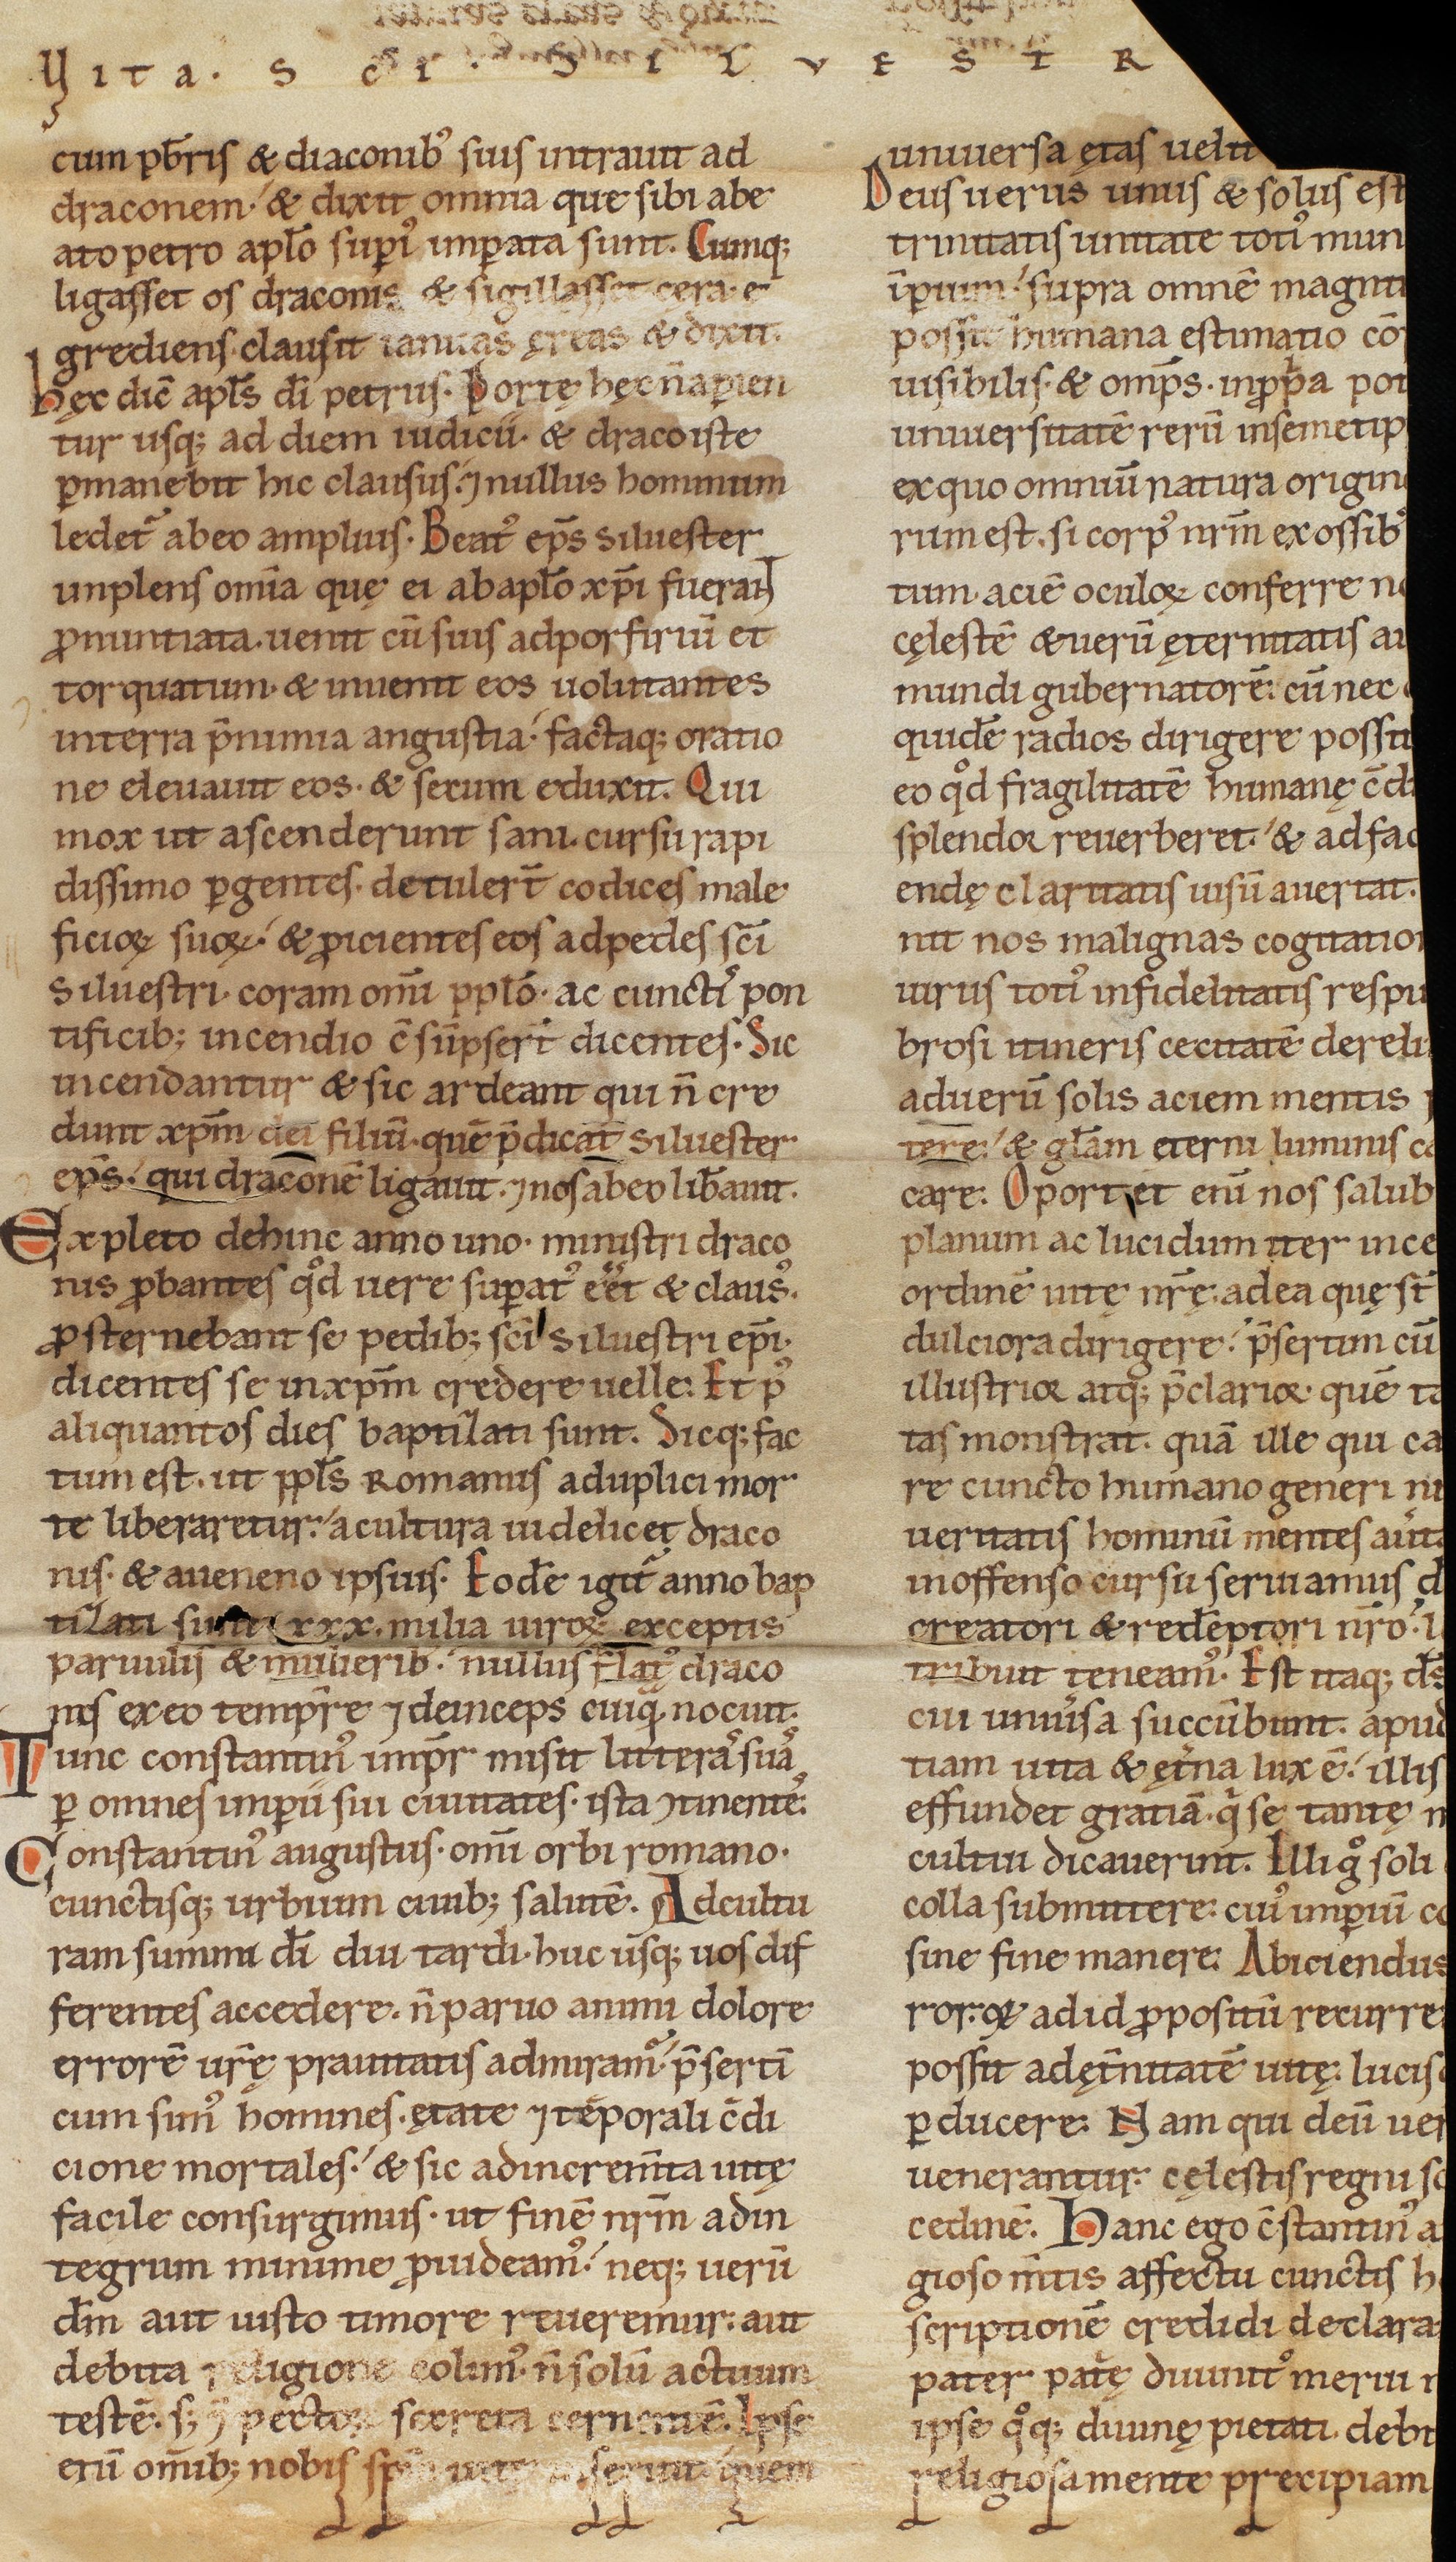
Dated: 1141–1170